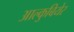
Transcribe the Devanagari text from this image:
आल्कुबियेर